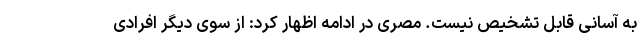
به آسانی قابل تشخیص نیست. مصری در ادامه اظهار کرد: از سوی دیگر افرادی